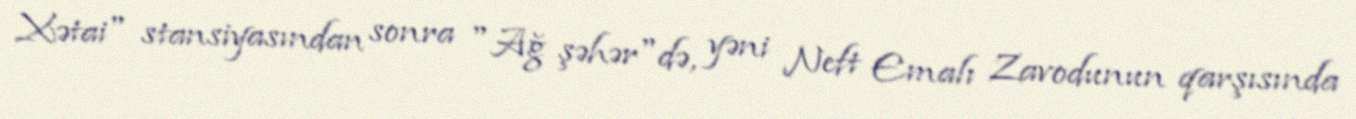
Xətai" stansiyasından sonra "Ağ şəhər"də, yəni Neft Emalı Zavodunun qarşısında